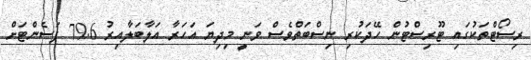
ރިސޯޓްތަކުގައި ޓޫރިސްޓުން ހޭދަކުރި ނިސްބަތްވެސް ވަނީ މިދިޔަ އަހަރާ އަލާބަލާއިރު 79.6 ޕަސެންޓަށް